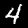
Digit: 4